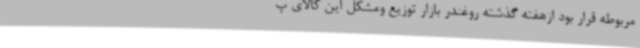
مربوطه قرار بود ازهفته گذشته روغندر بازار توزیع ومشکل این کالای پ